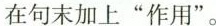
在句末加上”作用”。